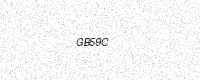
Text: GB59C